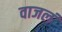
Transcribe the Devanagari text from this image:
वाजलं